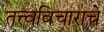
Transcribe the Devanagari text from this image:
तत्त्वविचाराचे